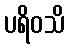
ပရိဝသိ